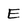
Character: E